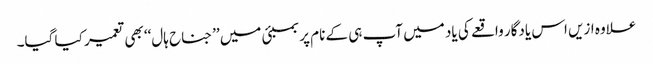
علاوہ ازیں اس یادگار واقعے کی یاد میں آپ ہی کے نام پر بمبئی میں ’’جناح ہال‘‘ بھی تعمیر کیا گیا۔